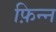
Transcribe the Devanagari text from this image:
फ़िन्न